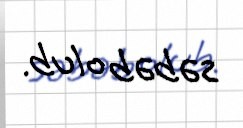
səbəb olub.